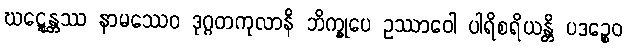
ဃဋ္ဋေန္တဿ နာမဿေဝ ဒုဂ္ဂတကုလာနိ ဘိက္ခုပေ ဥဿာဝေါ ပါရိစရိယန္တိ ပဒဉ္စေဝ